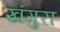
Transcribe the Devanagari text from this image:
खंगुरा